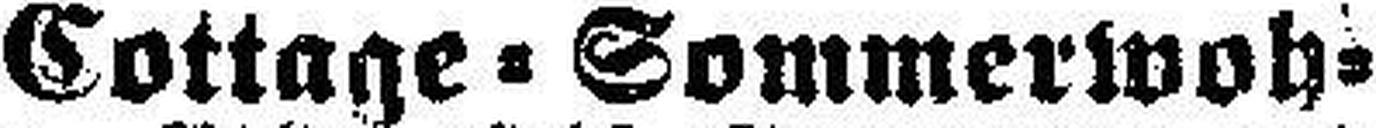
Cottage=Sommerwoh¬